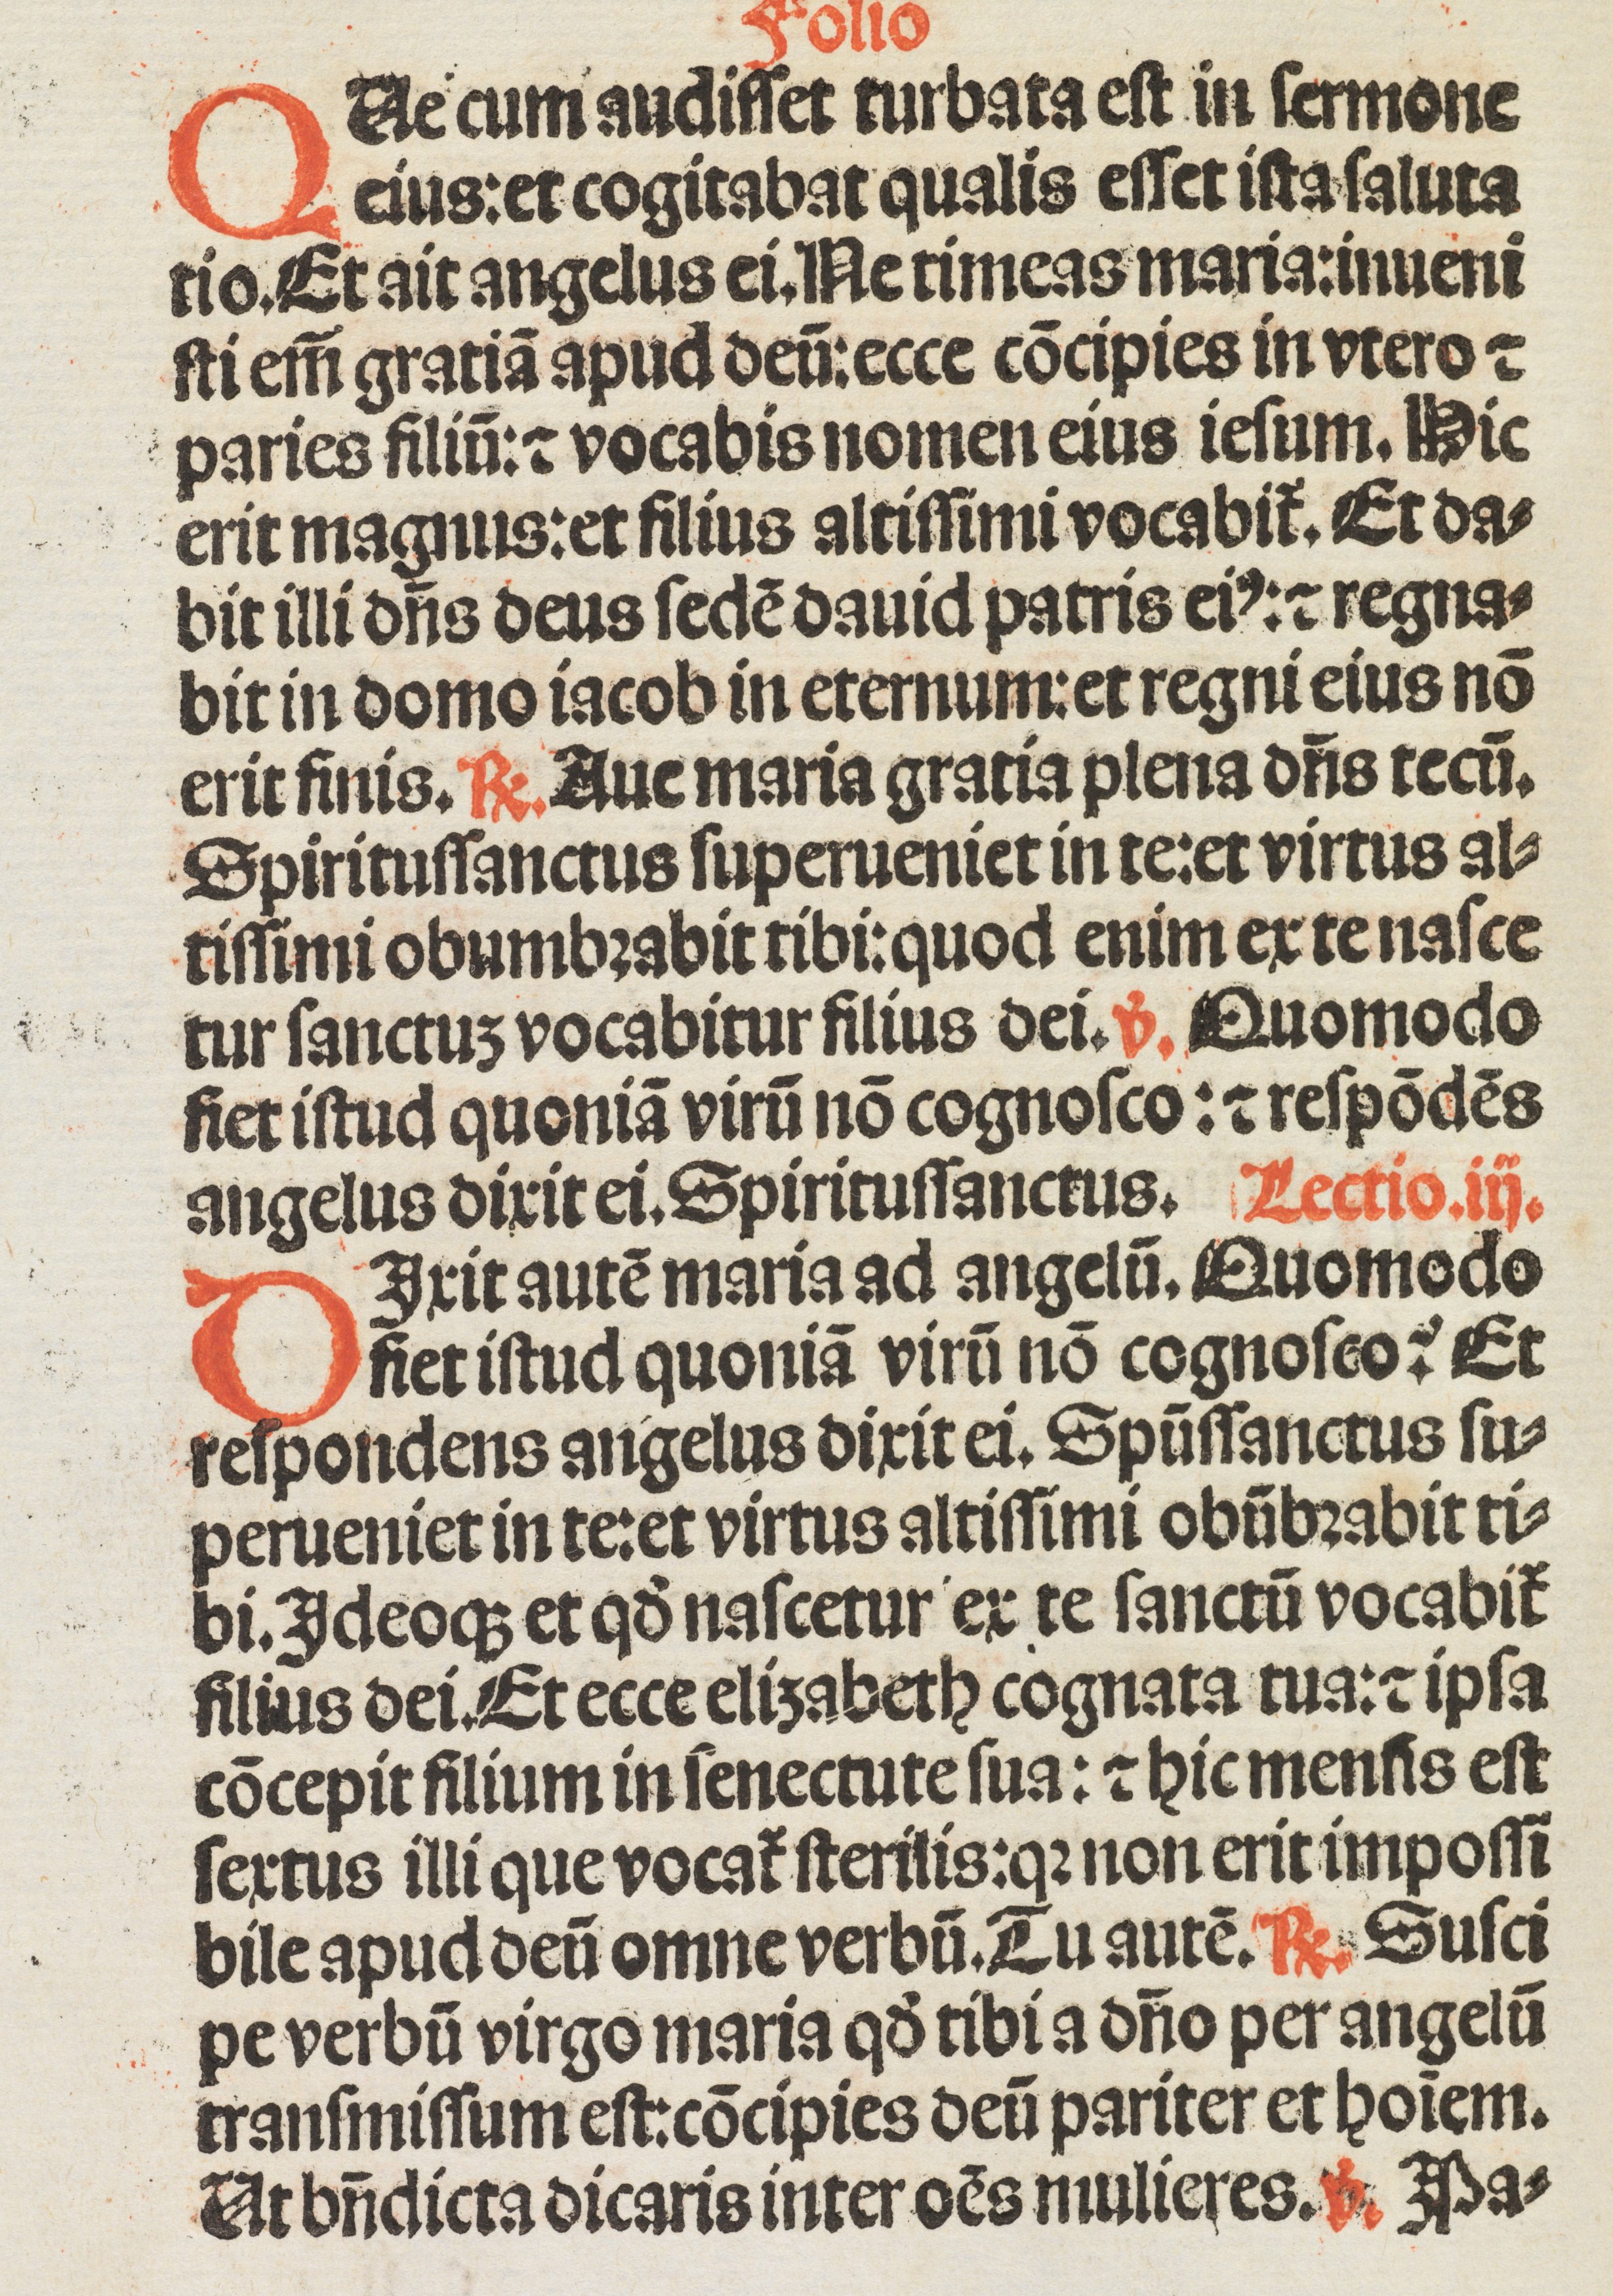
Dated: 1500–1524